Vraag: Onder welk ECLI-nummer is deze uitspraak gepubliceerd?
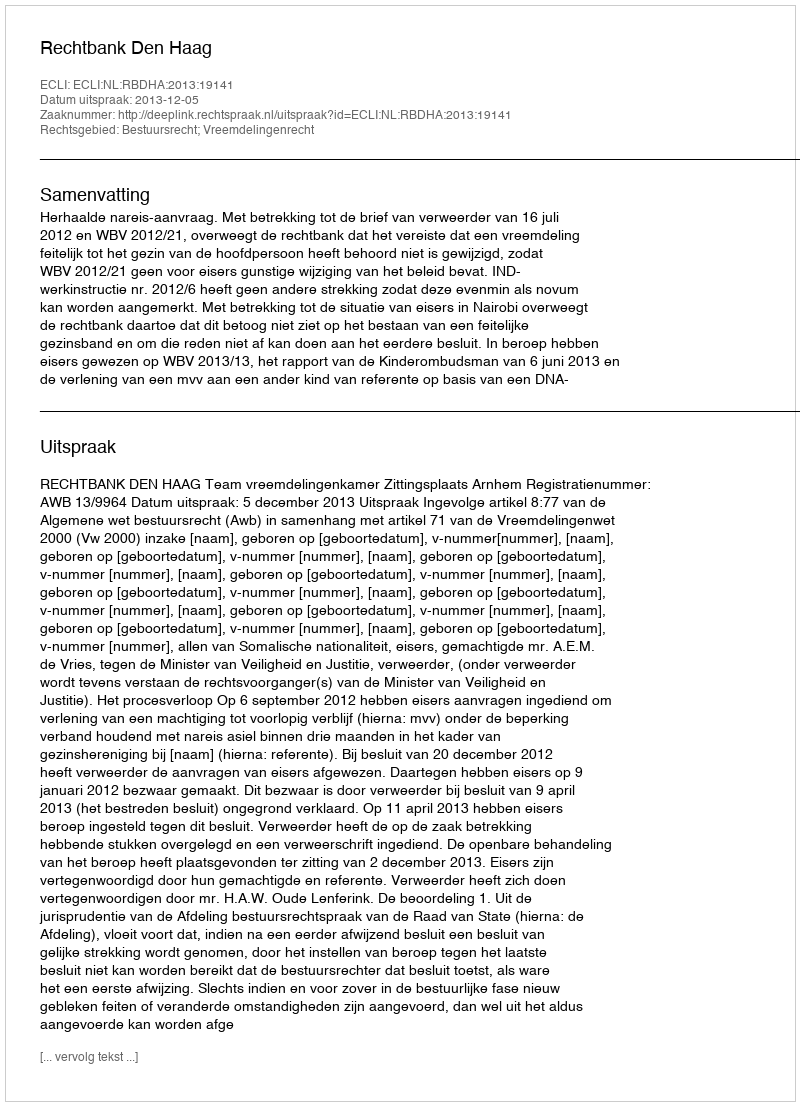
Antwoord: ECLI:NL:RBDHA:2013:19141